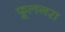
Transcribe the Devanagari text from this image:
फूलनरा